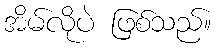
အိမ်လိုပဲ ဖြစ်သည်။